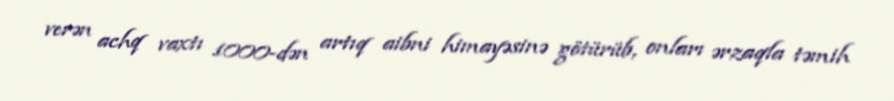
verən achq vaxtı 1000-dən artıq aibni himayəsinə götürüb, onları ərzaqla təmih